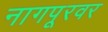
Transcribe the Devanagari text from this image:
नागपूरवर